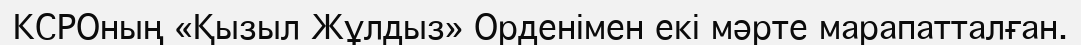
КСРОның «Қызыл Жұлдыз» Орденімен екі мәрте марапатталған.